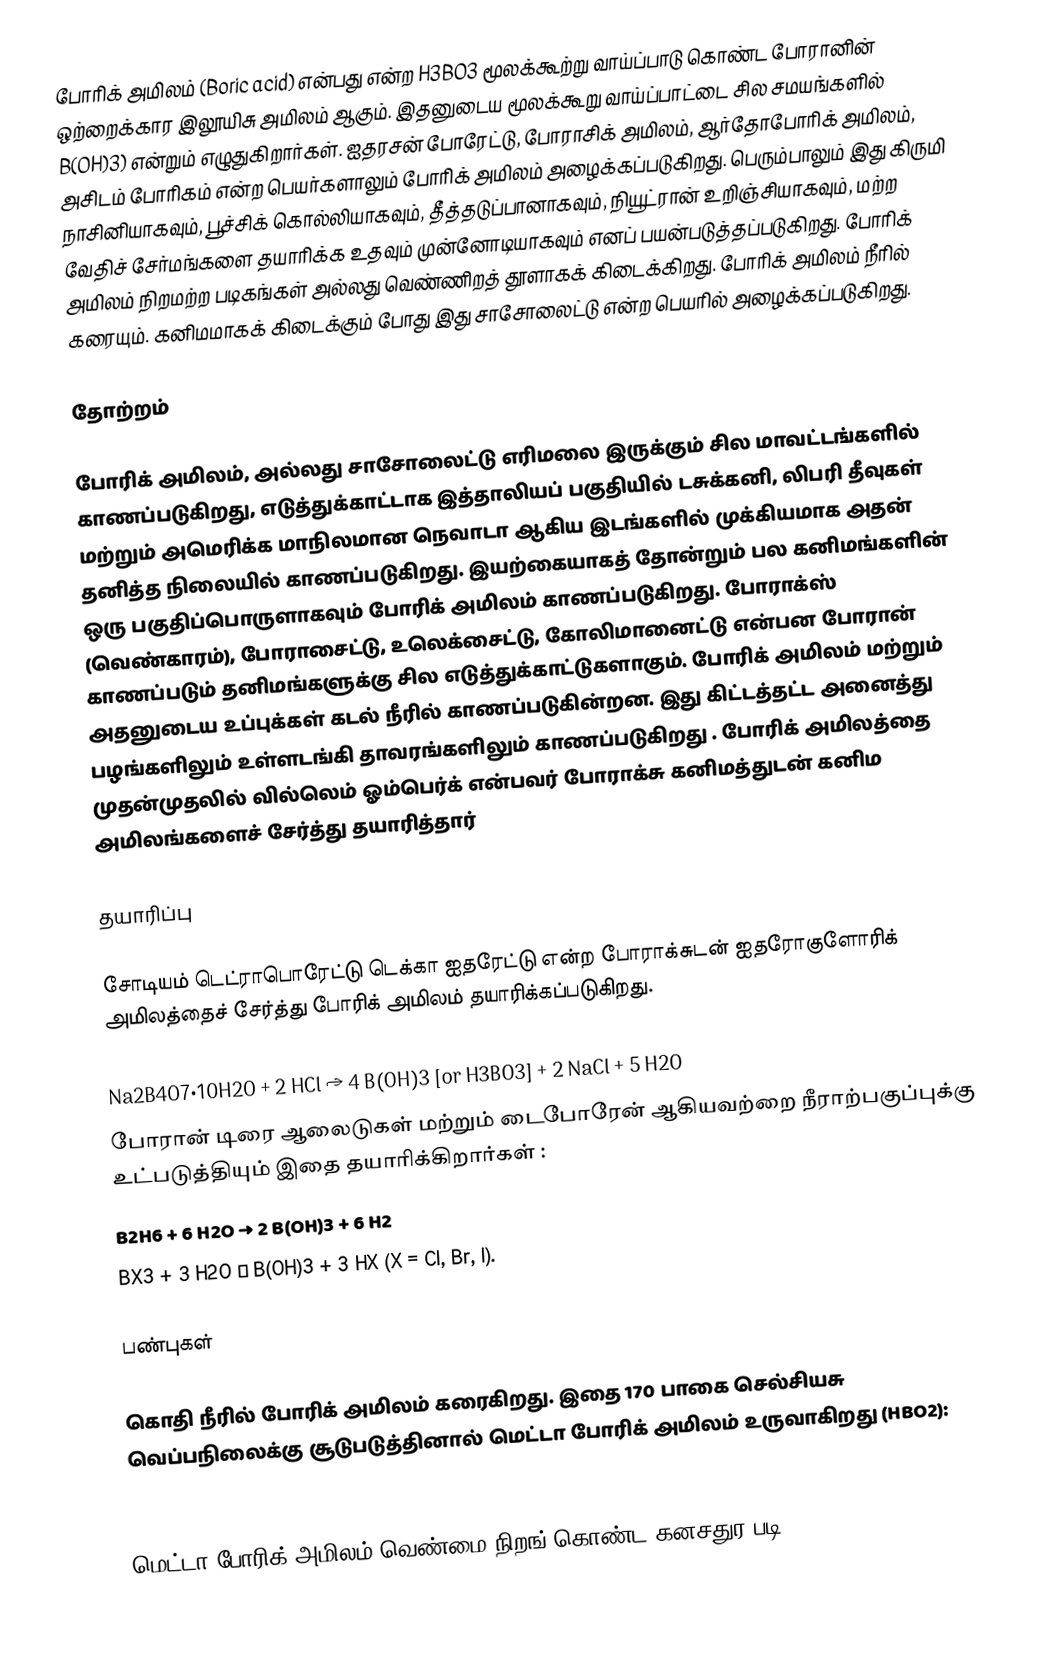
போரிக் அமிலம் (Boric acid) என்பது என்ற H3BO3 மூலக்கூற்று வாய்ப்பாடு கொண்ட போரானின் ஒற்றைக்கார இலூயிசு அமிலம் ஆகும். இதனுடைய மூலக்கூறு வாய்ப்பாட்டை சில சமயங்களில் B(OH)3) என்றும் எழுதுகிறார்கள். ஐதரசன் போரேட்டு, போராசிக் அமிலம், ஆர்தோபோரிக் அமிலம், அசிடம் போரிகம் என்ற பெயர்களாலும் போரிக் அமிலம் அழைக்கப்படுகிறது. பெரும்பாலும் இது கிருமி நாசினியாகவும், பூச்சிக் கொல்லியாகவும், தீத்தடுப்பானாகவும், நியூட்ரான் உறிஞ்சியாகவும், மற்ற வேதிச் சேர்மங்களை தயாரிக்க உதவும் முன்னோடியாகவும் எனப் பயன்படுத்தப்படுகிறது. போரிக் அமிலம் நிறமற்ற படிகங்கள் அல்லது வெண்ணிறத் தூளாகக் கிடைக்கிறது. போரிக் அமிலம் நீரில் கரையும். கனிமமாகக் கிடைக்கும் போது இது சாசோலைட்டு என்ற பெயரில் அழைக்கப்படுகிறது.

தோற்றம்

போரிக்  அமிலம், அல்லது சாசோலைட்டு எரிமலை இருக்கும் சில மாவட்டங்களில் காணப்படுகிறது, எடுத்துக்காட்டாக இத்தாலியப் பகுதியில் டசுக்கனி, லிபரி தீவுகள் மற்றும் அமெரிக்க மாநிலமான நெவாடா ஆகிய இடங்களில் முக்கியமாக அதன் தனித்த நிலையில் காணப்படுகிறது.  இயற்கையாகத் தோன்றும் பல  கனிமங்களின் ஒரு பகுதிப்பொருளாகவும் போரிக் அமிலம்  காணப்படுகிறது. போராக்ஸ் (வெண்காரம்), போராசைட்டு, உலெக்சைட்டு, கோலிமானைட்டு என்பன போரான் காணப்படும் தனிமங்களுக்கு சில எடுத்துக்காட்டுகளாகும். போரிக் அமிலம் மற்றும் அதனுடைய உப்புக்கள் கடல் நீரில் காணப்படுகின்றன. இது கிட்டத்தட்ட அனைத்து பழங்களிலும் உள்ளடங்கி தாவரங்களிலும் காணப்படுகிறது . போரிக் அமிலத்தை முதன்முதலில் வில்லெம் ஓம்பெர்க் என்பவர் போராக்சு கனிமத்துடன் கனிம அமிலங்களைச் சேர்த்து தயாரித்தார்

தயாரிப்பு

சோடியம் டெட்ராபொரேட்டு டெக்கா ஐதரேட்டு என்ற போராக்சுடன் ஐதரோகுளோரிக் அமிலத்தைச் சேர்த்து போரிக் அமிலம் தயாரிக்கப்படுகிறது.

 Na2B4O7•10H2O + 2 HCl → 4 B(OH)3 [or H3BO3] + 2 NaCl + 5 H2O
போரான் டிரை ஆலைடுகள் மற்றும் டைபோரேன் ஆகியவற்றை நீராற்பகுப்புக்கு உட்படுத்தியும் இதை தயாரிக்கிறார்கள் :
 B2H6 + 6 H2O → 2 B(OH)3 + 6 H2
 BX3 + 3 H2O → B(OH)3 + 3 HX (X = Cl, Br, I).

பண்புகள்

கொதி நீரில் போரிக் அமிலம் கரைகிறது. இதை 170 பாகை செல்சியசு வெப்பநிலைக்கு சூடுபடுத்தினால் மெட்டா போரிக் அமிலம் உருவாகிறது  (HBO2):

 H3BO3 → HBO2 + H2O
மெட்டா போரிக் அமிலம் வெண்மை நிறங் கொண்ட கனசதுர படி